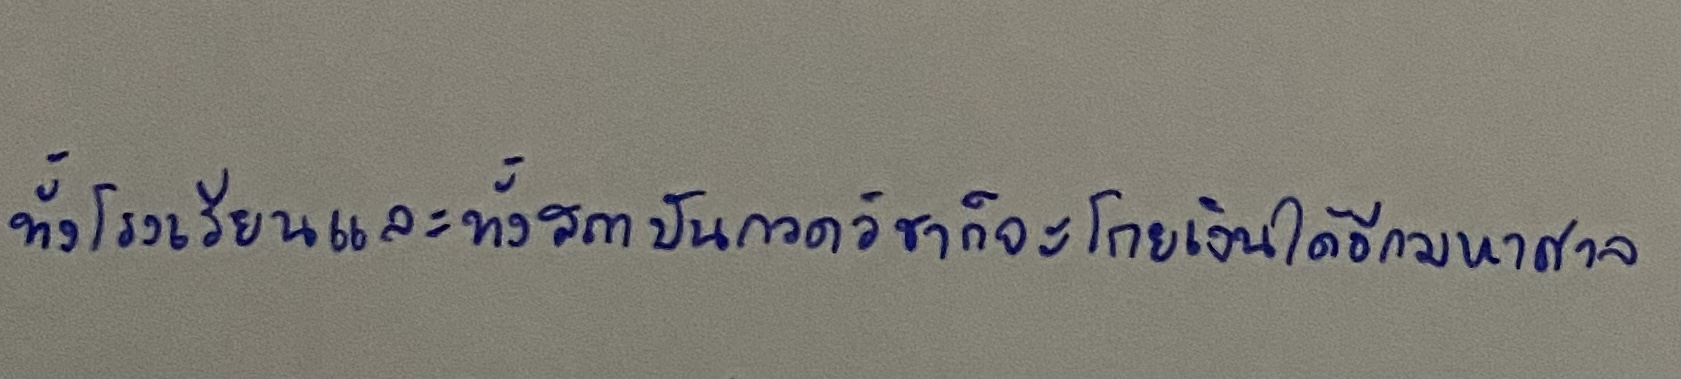
ทั้งโรงเรียนและทั้งสถาบันกวดวิชาก็จะโกยเงินได้อีกมหาศาล